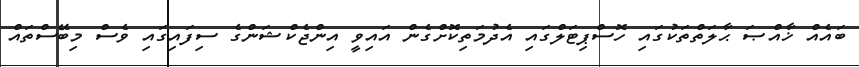
ބައެއް ޚާއްޞަ ޙާލަތްތަކުގައި ހޮސްޕިޓަލްގައި އެދުމަތިކޮށްގެން އައިވީ އިންޖެކްޝަންގެ ސިފައިގައި ވެސް މިބޭސްތައް